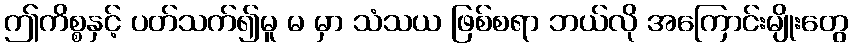
ဤကိစ္စနှင့် ပတ်သက်၍မူ မ မှာ သံသယ ဖြစ်စရာ ဘယ်လို အကြောင်းမျိုးတွေ